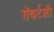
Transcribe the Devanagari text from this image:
रॉबर्टशी